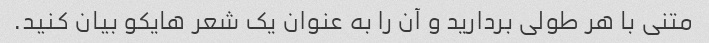
متنی با هر طولی بردارید و آن را به عنوان یک شعر هایکو بیان کنید.